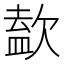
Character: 𣣹